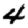
Digit: 4